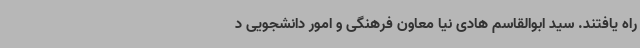
راه یافتند. سید ابوالقاسم هادی نیا معاون فرهنگی و امور دانشجویی د